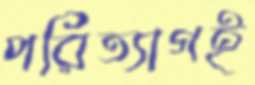
পরিত্যাগই